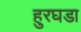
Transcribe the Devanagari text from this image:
हुरघडा